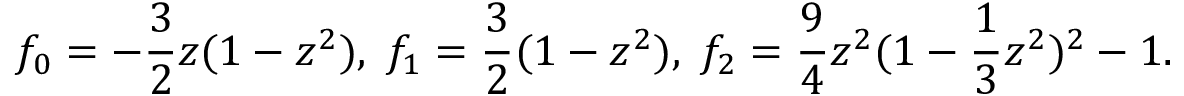
f _ { 0 } = - \frac { 3 } { 2 } z ( 1 - z ^ { 2 } ) , \; f _ { 1 } = \frac { 3 } { 2 } ( 1 - z ^ { 2 } ) , \; f _ { 2 } = \frac { 9 } { 4 } z ^ { 2 } ( 1 - \frac { 1 } { 3 } z ^ { 2 } ) ^ { 2 } - 1 .